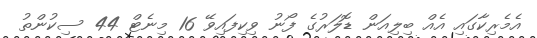
އެމެރިކާގައި އެއް ބިލިއަން ޑޮލަރުގެ ފޯނު ވިކިފައިވޭ 16 މިނެޓް 44 ސިކުންތު